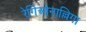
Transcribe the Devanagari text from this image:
रेगिओनाल्लिगा